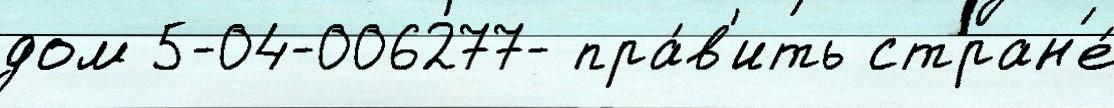
дом 5-04-006277- пра́в'ить стран'е́